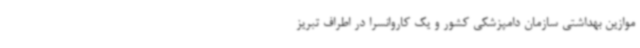
موازین بهداشتی سازمان دامپزشکی کشور و یک کاروانسرا در اطراف تبریز